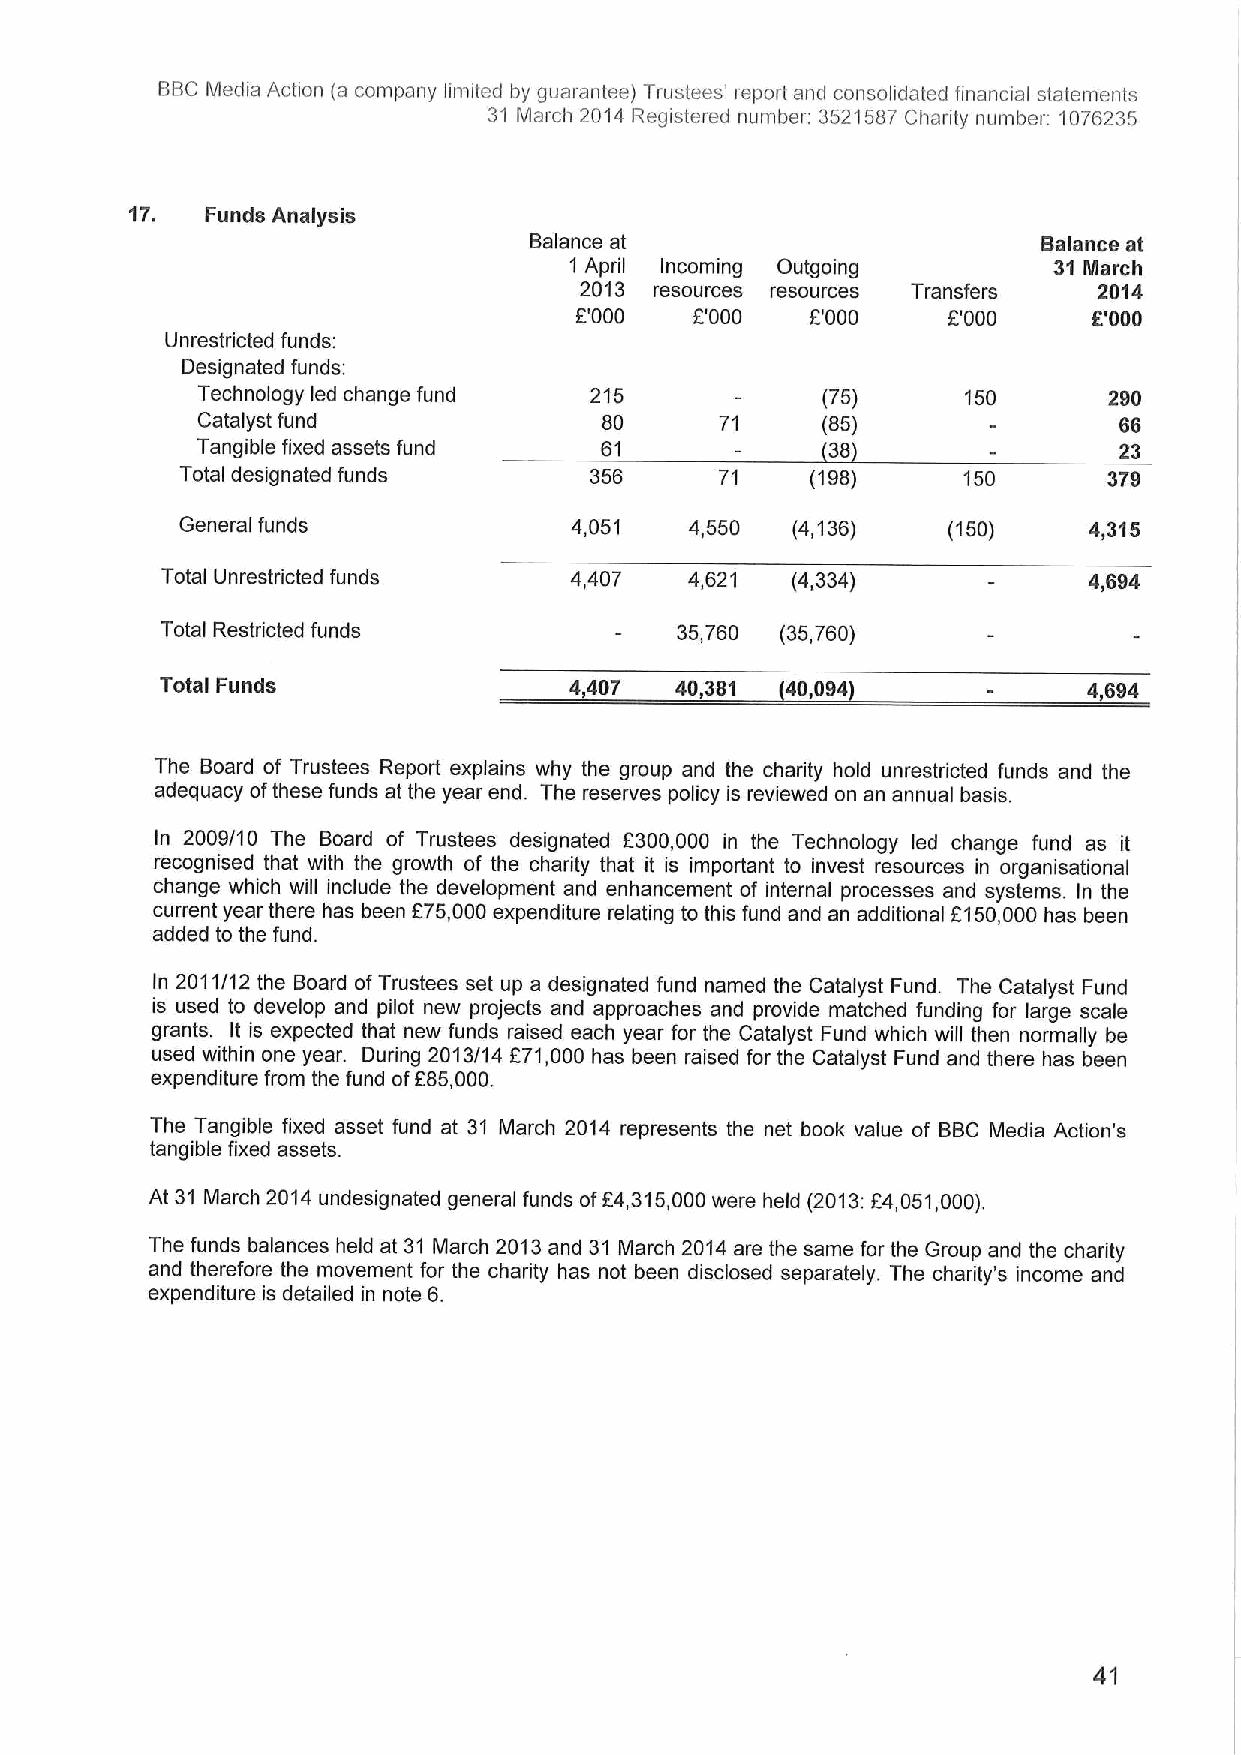
BBCMedia Action (a company limited by guarantee) Trustees' report and consolidated financial statements
 31 March 2014 Registered number 3521587Charity number: 1076235
 17.  Funds Analysis
 Balance at                        Balance at
 1 April Incoming Outgoing       31 March
 2013 resources resources Transfers 2014
 F'000   F'000   f'000    F'000    f '000
 Unrestricted funds:
 Designated funds:
 Technology led change fund 215           (75)      150      290
 Catalyst fund              80      71    (85)                66
 Tangible fixed assets fund 61             38                 23
 Total designated funds     356      71    (198)     150      379
 General funds             4,051   4,550 (4,136)    (150)    4,315
 Total Unrestricted funds   4,407   4,621 (4,334)             4,694
 Total Restricted funds            35,760 (35,760)
 Total Funds                4,407  40,381 40,094              4,694
 The Board of Trustees Report explains why the group and the charity hold unrestricted funds and the
 adequacy ofthese funds at the year end. The reserves policy is reviewed on an annual basis.
 In 2009/10 The Board of Trustees designated F300,000 in the Technology led change fund as it
 recognised that with the growth of the charity that it is important to invest resources in organisational
 change which will include the development and enhancement of internal processes and systems. In the
 current year there has been f75,000expenditure relating to this fund and an additional F150,000 has been
 added to the fund.
 In 2011/12 the Board ofTrustees set up a designated fund named the Catalyst Fund. The Catalyst Fund
 is used to develop and pilot new projects and approaches and provide matched funding for large scale
 grants. It is expected that new funds raised each year for the Catalyst Fund which will then normally be
 used within one year. During 2013/14 F71,000 has been raised for the Catalyst Fund and there has been
 f
 expenditure from the fund of 85,000.
 The Tangible fixed asset fund at 31 March 2014 represents the net book value of BBC Media Action's
 tangible fixed assets.
 At 31 March 2014undesignated general funds off4,315,000were held (2013:f4,051,000).
 The funds balances held at 31 March 2013and 31 March 2014are the same for the Group and the charity
 and therefore the movement for the charity has not been disclosed separately. The charity's income and
 expenditure is detailed in note 6.
 41